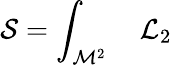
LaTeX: {\cal S}=\int_{{\cal M}^{2}}~~~~{\cal L}_{2}